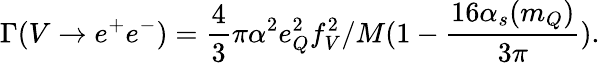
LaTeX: \Gamma(V\rightarrow e^{+}e^{-})=\frac 43\pi\alpha^{2}e_{Q}^{2}f_{V}^{2}/M(1-\frac{16\alpha_{s}(m_{Q})}{3\pi}).